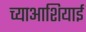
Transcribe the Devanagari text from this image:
च्याआशियाई